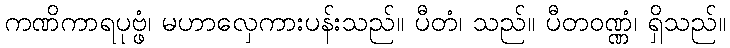
ကဏိကာရပုဗ္ဖံ၊ မဟာလှေကားပန်းသည်။ ပီတံ၊ သည်။ ပီတဝဏ္ဏံ၊ ရှိသည်။